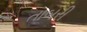
તાબરી